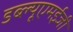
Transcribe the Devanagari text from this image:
डब्ल्यूएमईजी